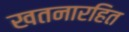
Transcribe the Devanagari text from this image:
खतनारहित